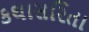
કથાસરિતા